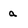
Character: a